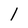
Character: l